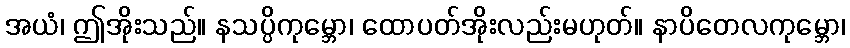
အယံ၊ ဤအိုးသည်။ နသပ္ပိကုမ္ဘော၊ ထောပတ်အိုးလည်းမဟုတ်။ နာပိတေလကုမ္ဘော၊